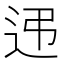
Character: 𨑩